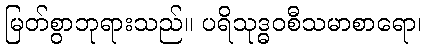
မြတ်စွာဘုရားသည်။ ပရိသုဒ္ဓဝစီသမာစာရော၊